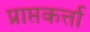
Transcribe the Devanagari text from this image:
प्राप्तकर्त्ता